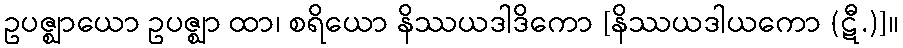
ဥပဇ္ဈာယော ဥပဇ္ဈာ ထာ၊ စရိယော နိဿယဒါဒိကော [နိဿယဒါယကော (ဋီ.)]။